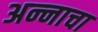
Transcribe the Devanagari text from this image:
अन्‍नाचा